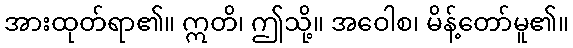
အားထုတ်ရာ၏။ ဣတိ၊ ဤသို့။ အဝေါစ၊ မိန့်တော်မူ၏။